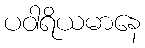
ပဝါရိယမာနေ